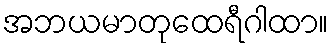
အဘယမာတုထေရီဂါထာ။